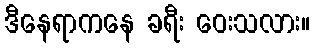
ဒီနေရာကနေ ခရီး ဝေးသလား။